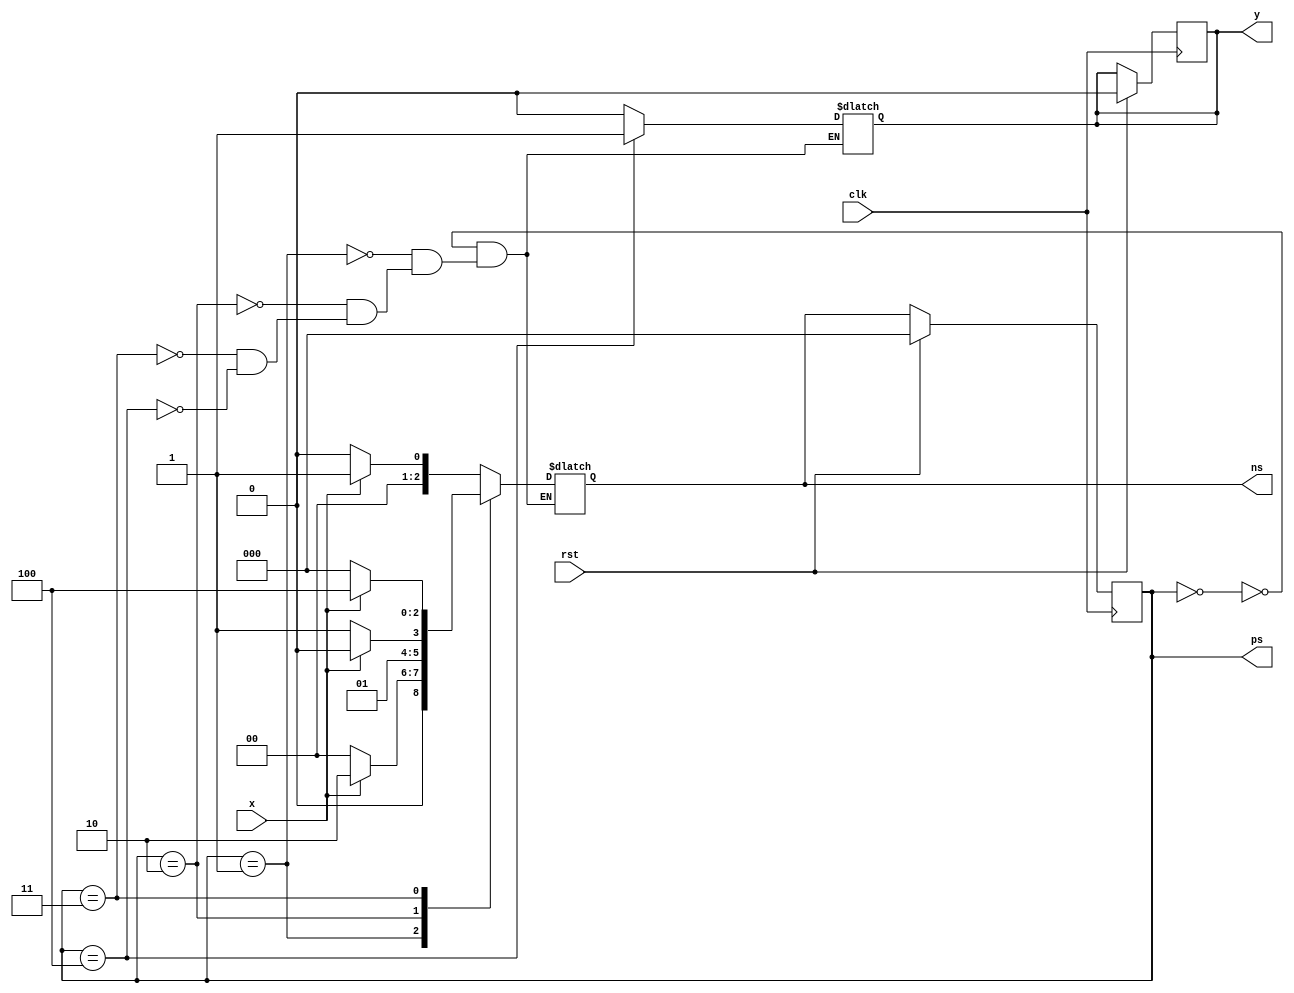
module moore_1101_nov(input clk,rst,x, output reg y,
                      output reg [2:0] ns,ps);
  
  parameter s0=3'b000,
            s1=3'b001,
            s2=3'b010,
            s3=3'b011,
            s4=3'b100;
           
 
  
  always@(posedge clk)begin
    
    if(rst) begin
      ps<=s0;
      y<=1'b0;
    end else
      ps<=ns;
  end
  
  always@(*)begin 
case(ps)
      
s0 :begin
   y<=1'b0;
  if(x==1)
    ns<=s1;
  else
     ns<=s0;
end
      
      
  s1 :begin
  y<=1'b0; 
  if(x==1)
    ns<=s2;
  else
     ns<=s0;
end
    
s2 :begin
   y<=1'b0;
  if(x==1)
    ns<=s2;
  else
     ns<=s3;
end
    
s3 :begin
  y<=1'b0; 
if(x==1) ns<=s4;
else  ns<=s0;
end
      
s4 : begin
  y<=1'b1;
      
  if(x==1) ns<= s1;
else ns<= s0;
end
  endcase
 end
endmodule  

// Code your testbench here
// or browse Examples
module  moore_1101_nov_tb;
  
  reg clk, rst, x;
  wire y;
  wire [2:0] ns,ps;
  
  moore_1101_nov uut(clk, rst, x, y,ns,ps);
  
  
  initial begin
    $monitor("clk=%0b,rst=%0b,x=%0b,y=%0b,ns=%b,ps=%b",clk,rst,x,y,ns,ps);
      rst=1;  clk=0; x=1;
      #8  rst=0; 
    
       #7 x=1;
       #5 x=1;
       #5 x=0;
       #14 x=1;
       #13 x=0;
     
      

 
    #80 $finish;
 end
always #5 clk=~clk;
endmodule